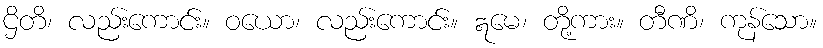
ဌိတိ၊ လည်းကောင်း။ ဝယော၊ လည်းကောင်း။ ဣမေ၊ တို့ကား။ တီဏိ၊ ကုန်သော။